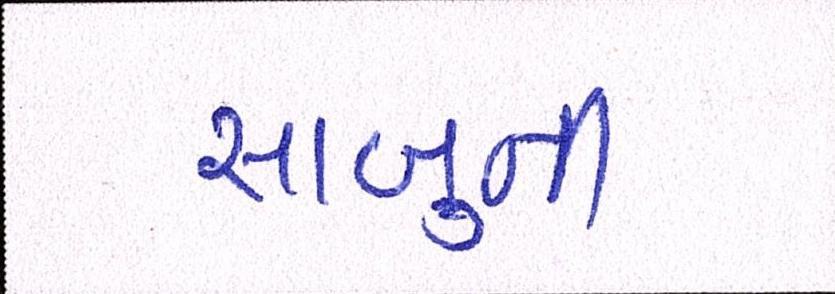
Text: સાબુની